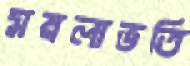
ময়লাভর্তি